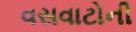
વસવાટોની